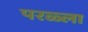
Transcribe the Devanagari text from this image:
परळ्ला